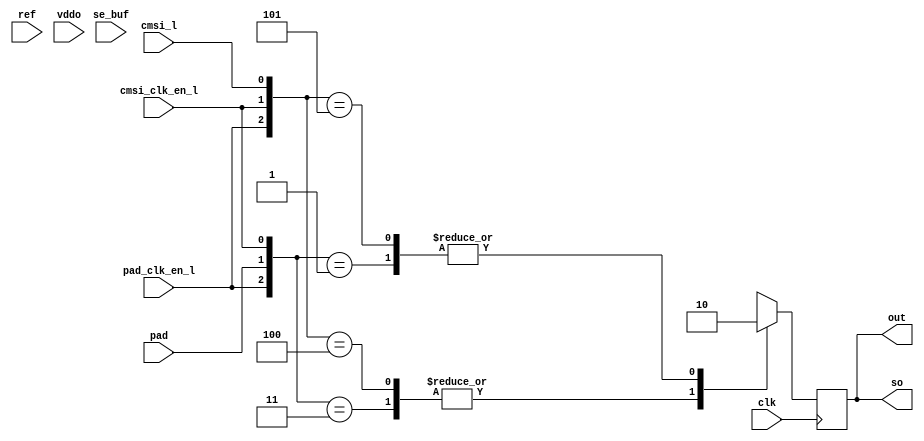
module bw_io_dtlhstl_rcv (/*AUTOARG*/
  // Outputs
  out, so, 
  // Inputs
  pad, ref, clk, pad_clk_en_l, cmsi_clk_en_l, cmsi_l, se_buf, vddo
  );

  input		pad;
  input 	ref;
  input		clk;
  input		pad_clk_en_l;
  input		cmsi_clk_en_l;
  input		cmsi_l;
  input		se_buf;
  input		vddo;

  output	out;
  output	so;


  assign so = out;
  wire net0281 = se_buf; // dummy tie off

  reg out;
  always @(posedge clk) begin
    casex ({ pad_clk_en_l, pad, cmsi_clk_en_l, cmsi_l })
      4'b001x: out <= 1'b0;
      4'b011x: out <= 1'b1;
      4'b1x00: out <= 1'b1;
      4'b1x01: out <= 1'b0;
      default: out <= 1'bx;
      endcase
    end


  endmodule